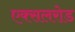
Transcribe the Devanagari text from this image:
एक्सलरोड